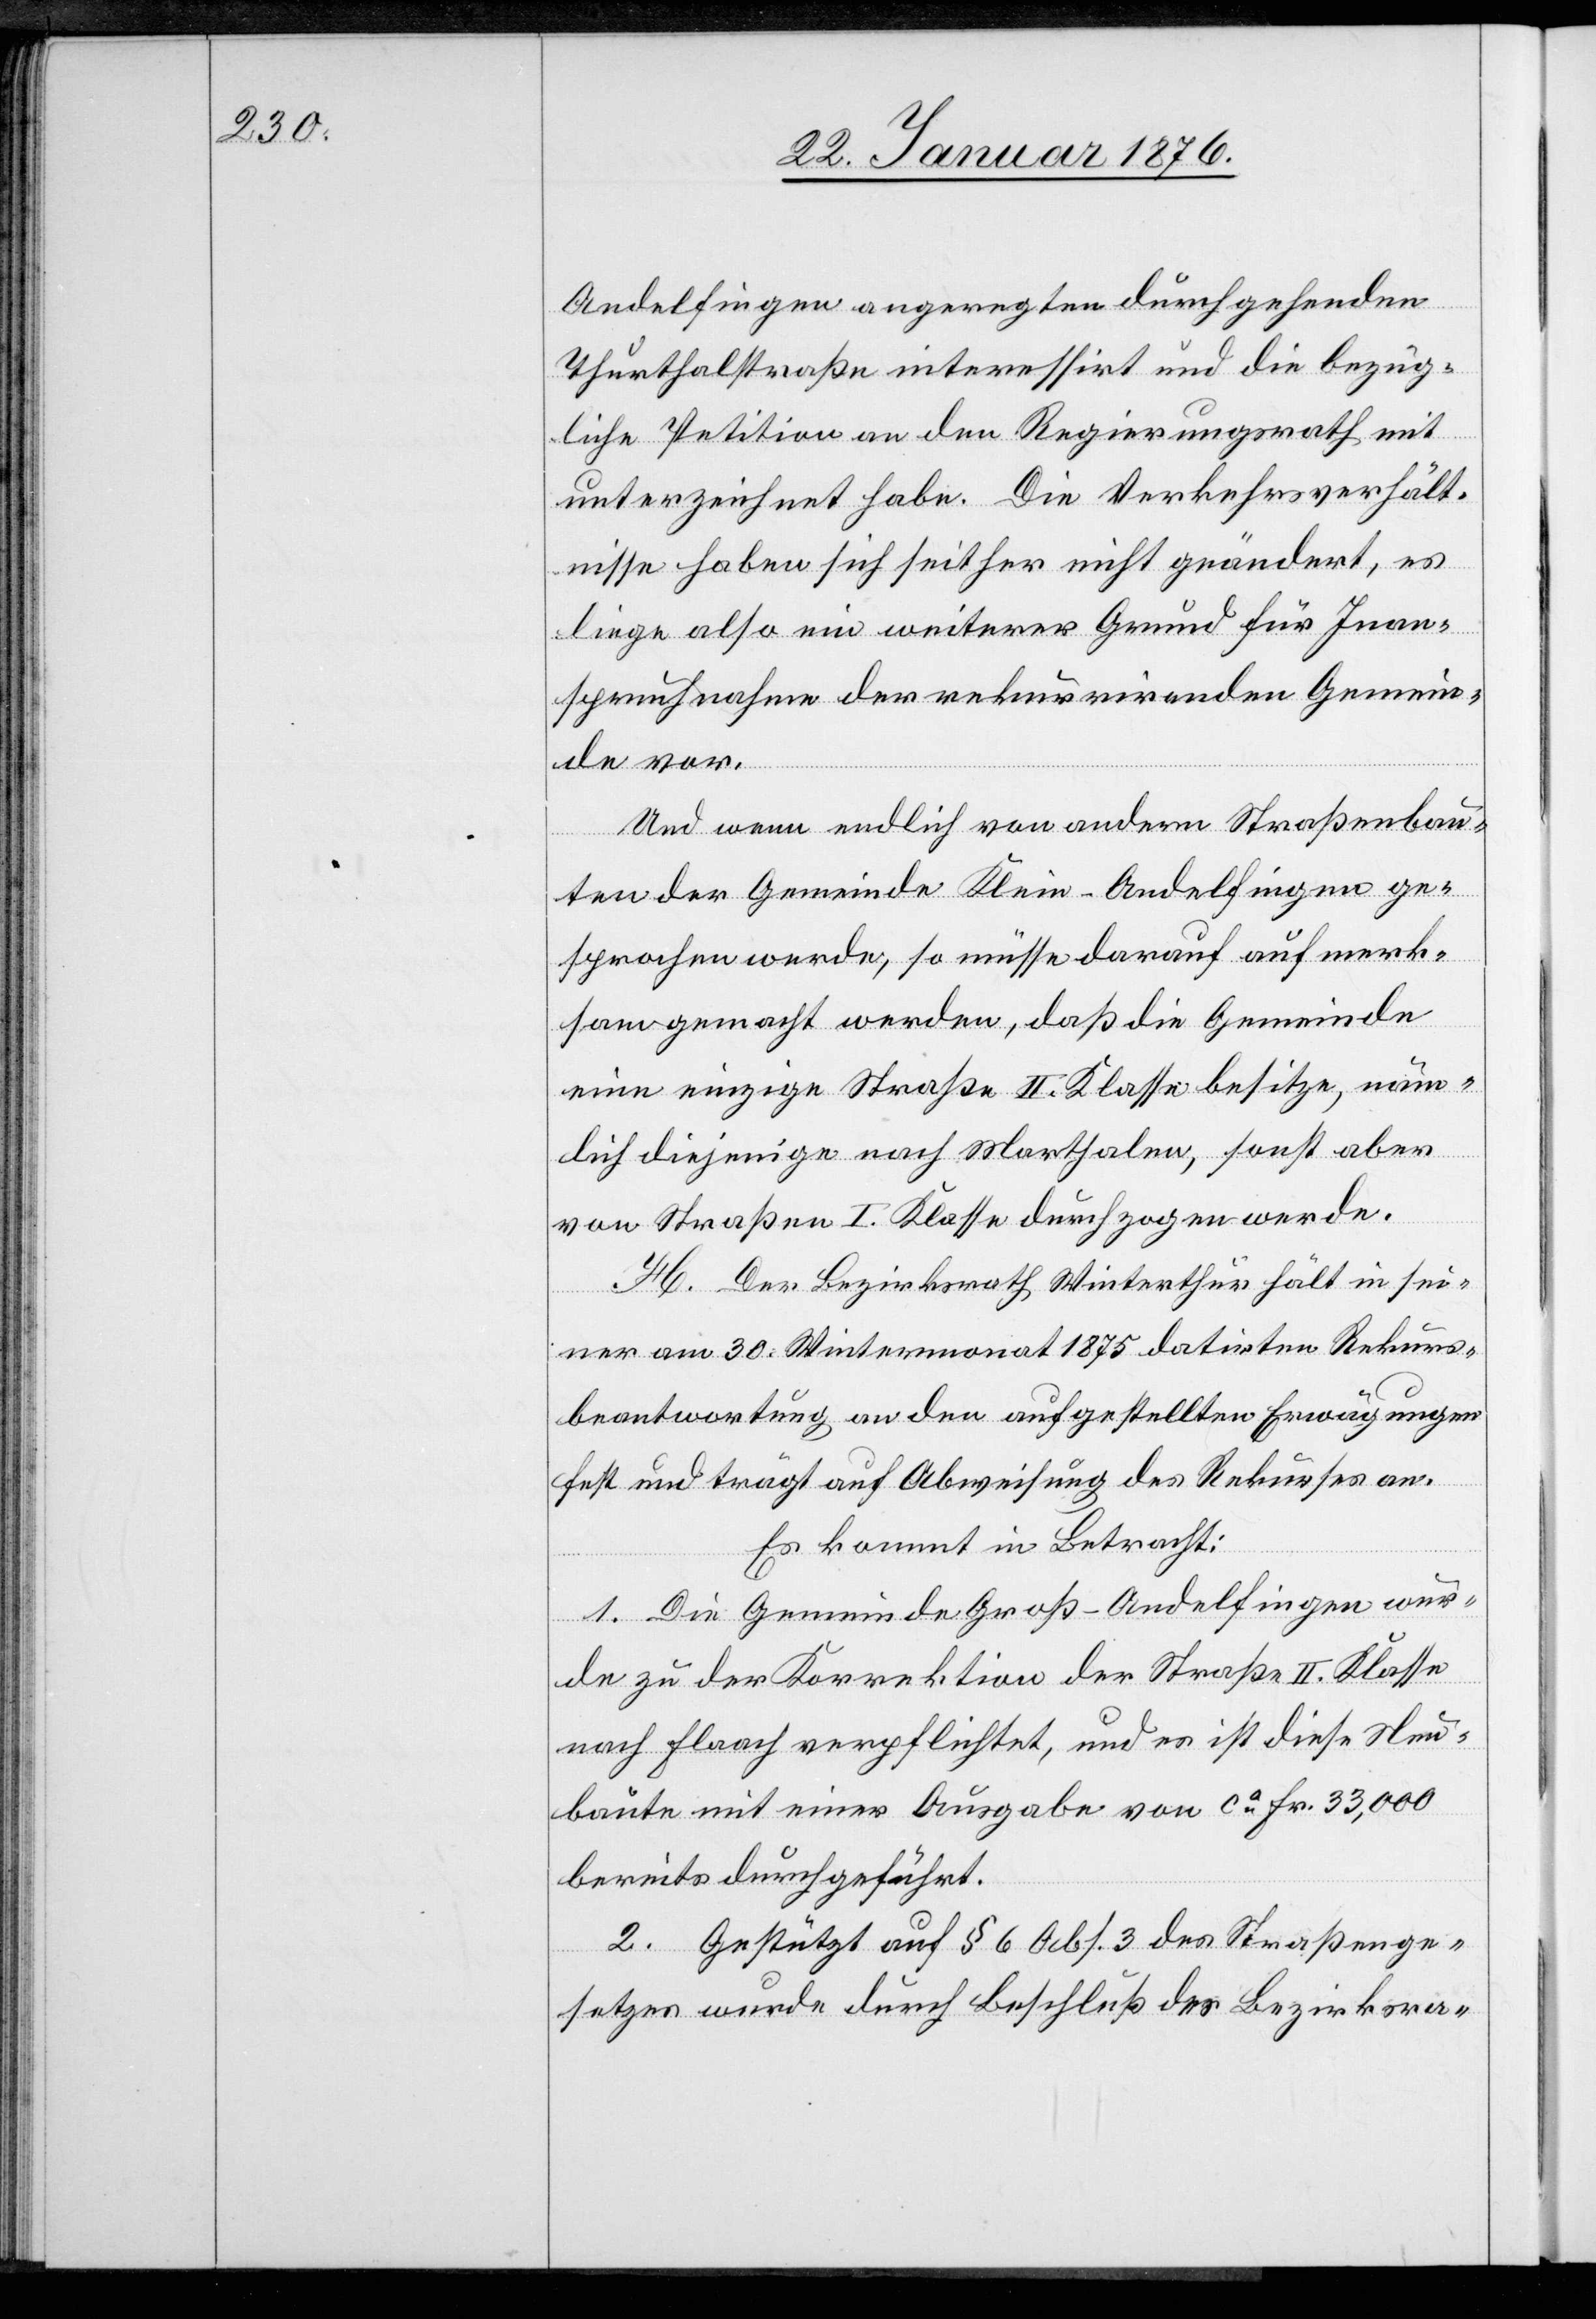
Andelfingen angeregten durchgehenden
Thurthalstraße interessirt und die bezüg¬
liche Petition an den Regierungsrath mit
unterzeichnet haben. Die Verkehrsverhält¬
nisse haben sich seither nicht geändert, es
liege also ein weiterer Grund für Inan¬
spruchnahme der rekurrirenden Gemein¬
de vor.
Und wenn endlich von andern Straßenbau¬
ten der Gemeinde Klein-Andelfingen ge¬
sprochen werde, so müsse darauf aufmerk¬
sam gemacht werden, daß die Gemeinde
eine einzige Straße II. Klasse besitze, näm¬
lich diejenige nach Marthalen, sonst aber
von Straßen I. Klasse durchzogen werde.
H. Der Bezirksrath Winterthur hält in sei¬
ner am 30. Wintermonat 1875 datirten Rekurs¬
beantwortung an den aufgestellten Erwägungen
fest und trägt auf Abweisung des Rekurses an.
Es kommt in Betracht:
1. Die Gemeinde Groß-Andelfingen wur¬
de zu der Korrektion der Straße II. Klasse
nach Flaach verpflichtet, und es ist diese Neu¬
baute mit einer Ausgabe von ca. Fr. 33,000
bereits durchgeführt.
2. Gestützt auf § 6 Abs. 3 des Straßenge¬
setzes wurde durch Beschluß des Bezirksra-